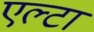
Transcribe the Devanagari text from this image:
एल्टा